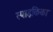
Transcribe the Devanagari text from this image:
स्पाइकिका